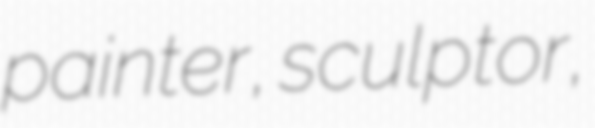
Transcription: painter, sculptor,